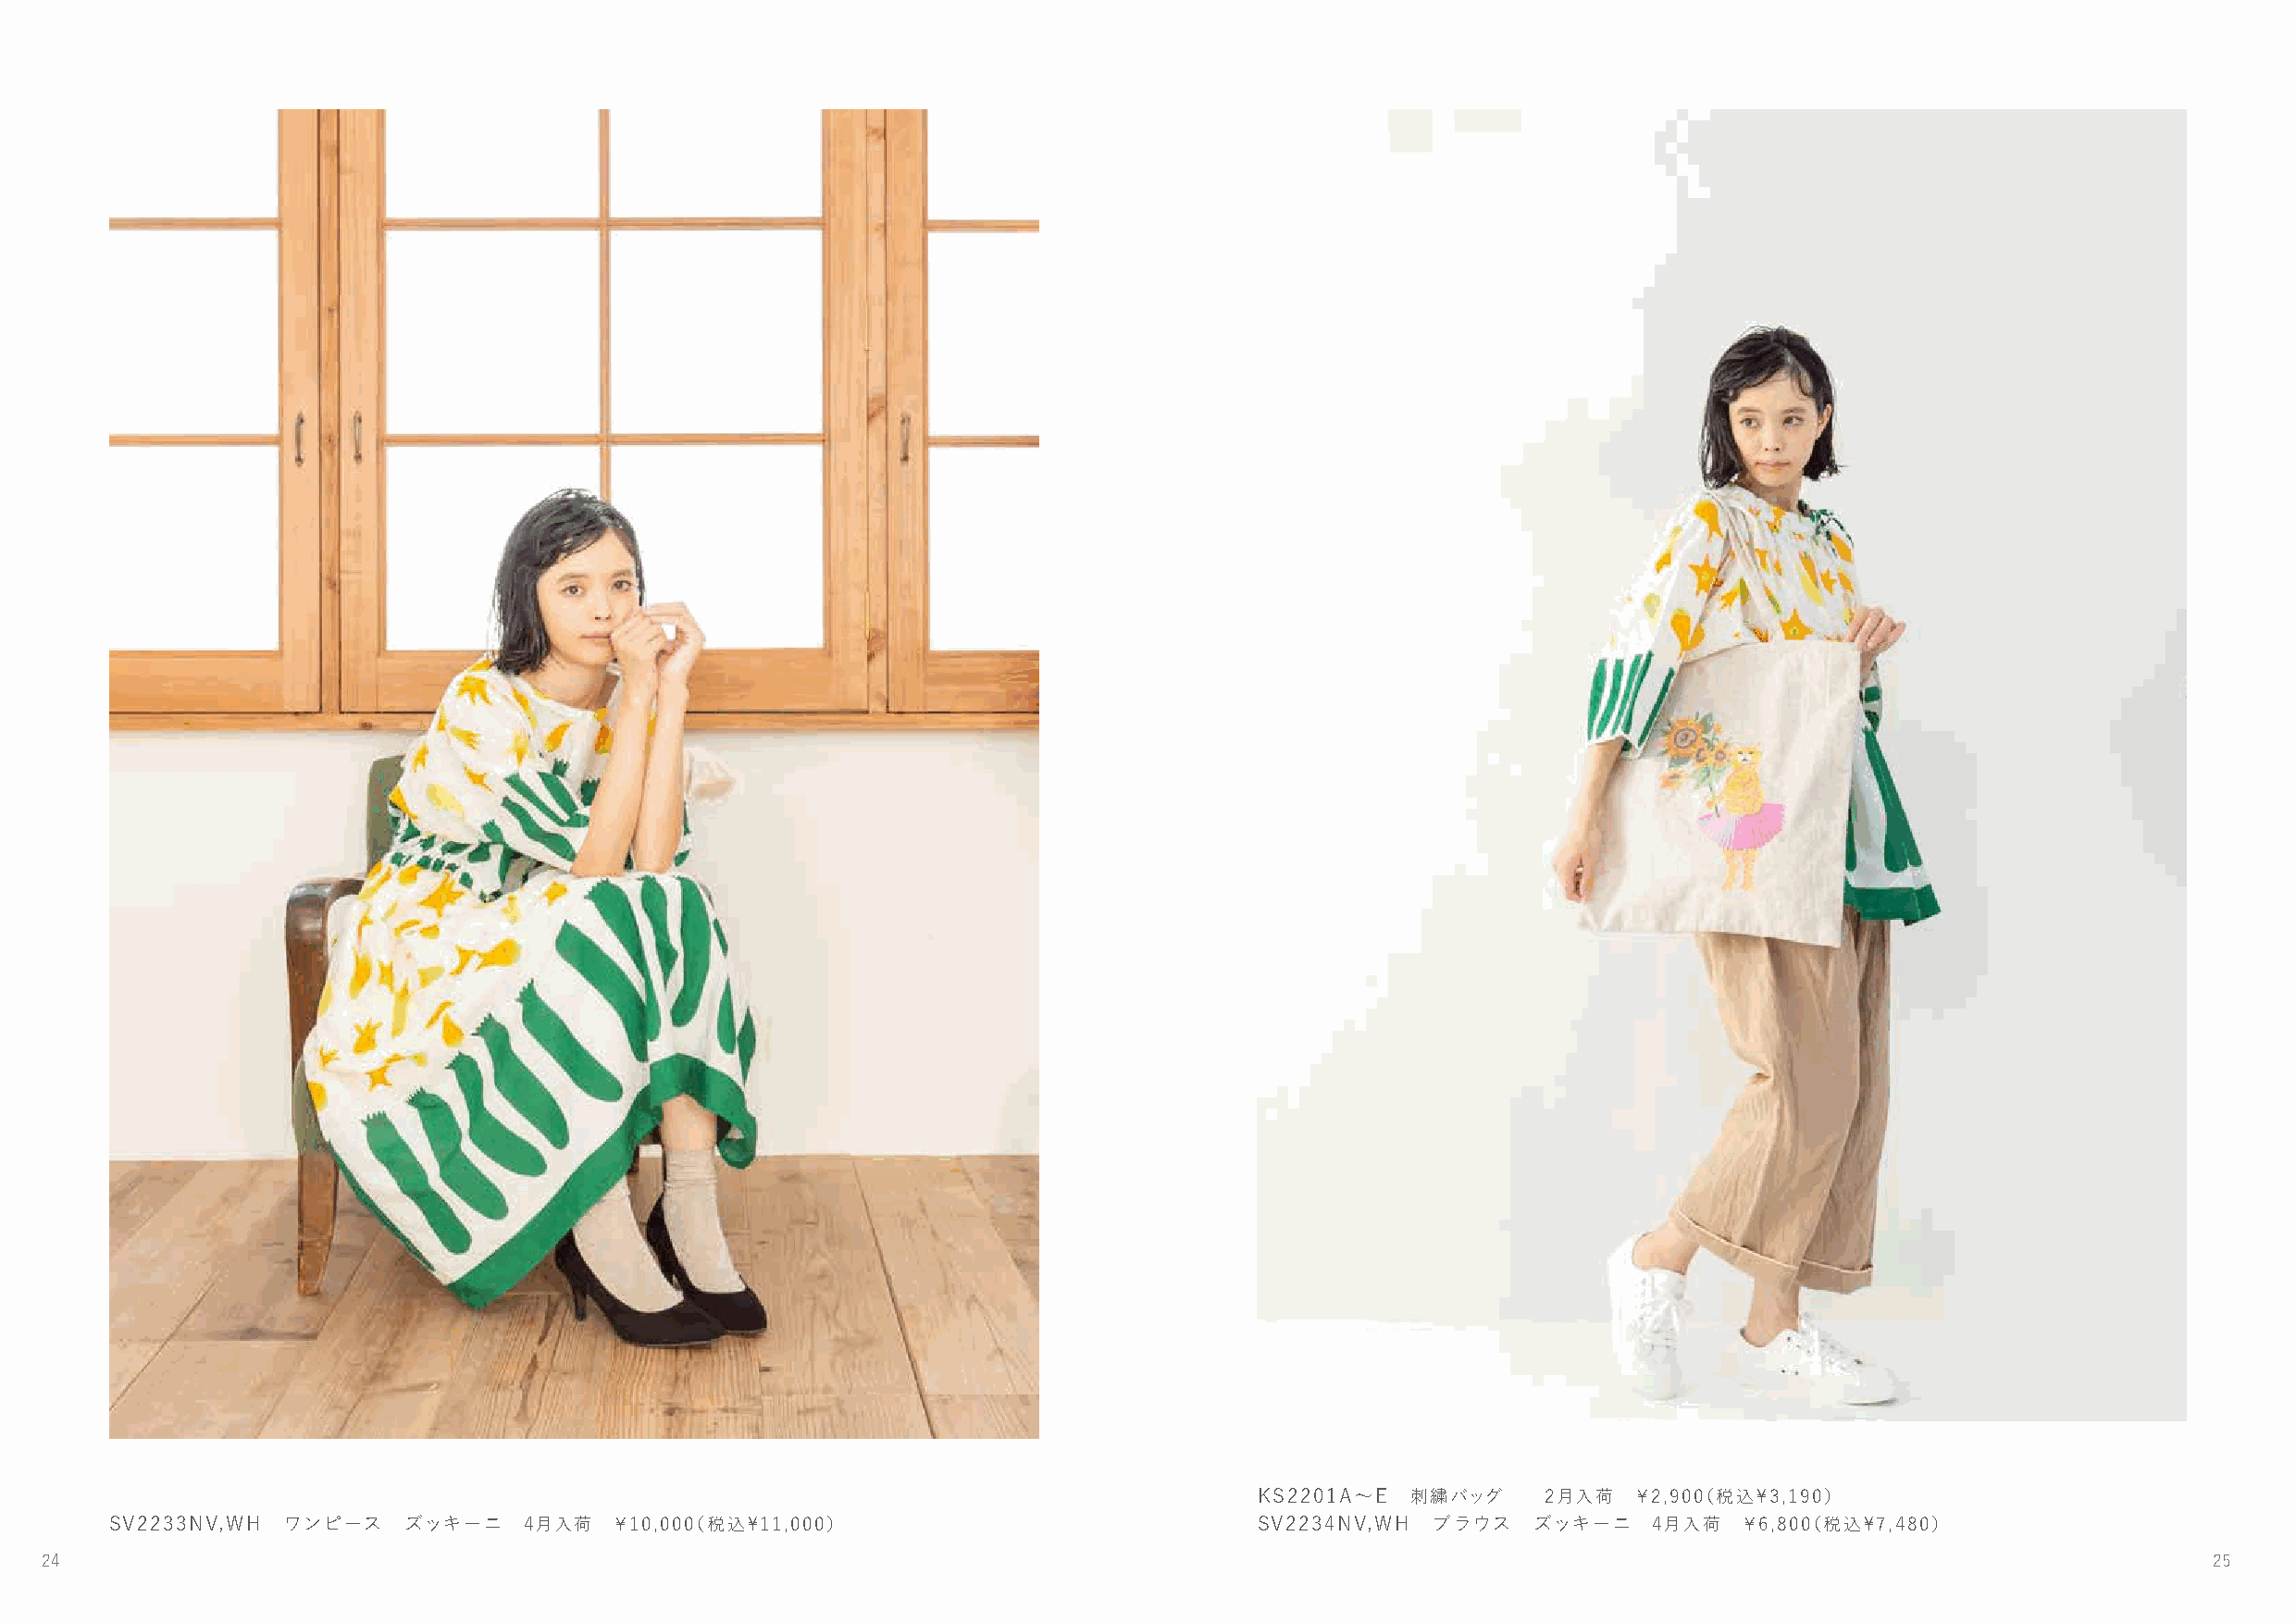
KS2201A～E  刺繍バッグ     2月入荷  ￥2,900（税込\3,190）
 SSVV22122303NNVV,W,WHH ワワンンピピーースス ソ ーズダッ キ6ー月ニ入 荷4 月￥入8荷,8 00￥（1税0込,0\090（,6税80込）\11,000） SV2234NV,WH ブラウス ズッキーニ 4月入荷 ￥6,800（税込\7,480）
 24                                                                                                                                                         25